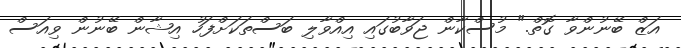
އަޒް ބޭނުންވާ ގޮތް." މުސްކާން ޖަވާބުގައި އިއްވާލި ބަސްތަކަށްފަހު އިޝާން ބޭނުން ވިއަސް